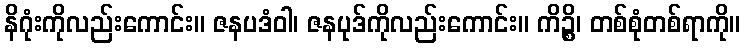
နိဂုံးကိုလည်းကောင်း။ ဇနပဒံဝါ၊ ဇနပုဒ်ကိုလည်းကောင်း။ ကိဉ္စိ၊ တစ်စုံတစ်ရာကို။